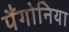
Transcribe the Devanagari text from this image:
पैंगोनिया